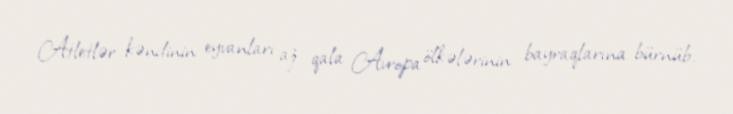
Atletlər kəndinin eyvanları az qala Avropa ölkələrinin bayraqlarına bürnüb.